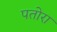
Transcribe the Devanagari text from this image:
पतोरा